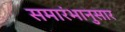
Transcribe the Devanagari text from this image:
समारंभानुसार